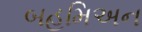
બહમિઅન